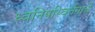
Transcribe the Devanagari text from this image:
ध्वनिपरिवर्तनाचे